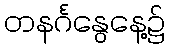
တနင်္ဂနွေနေ့၌